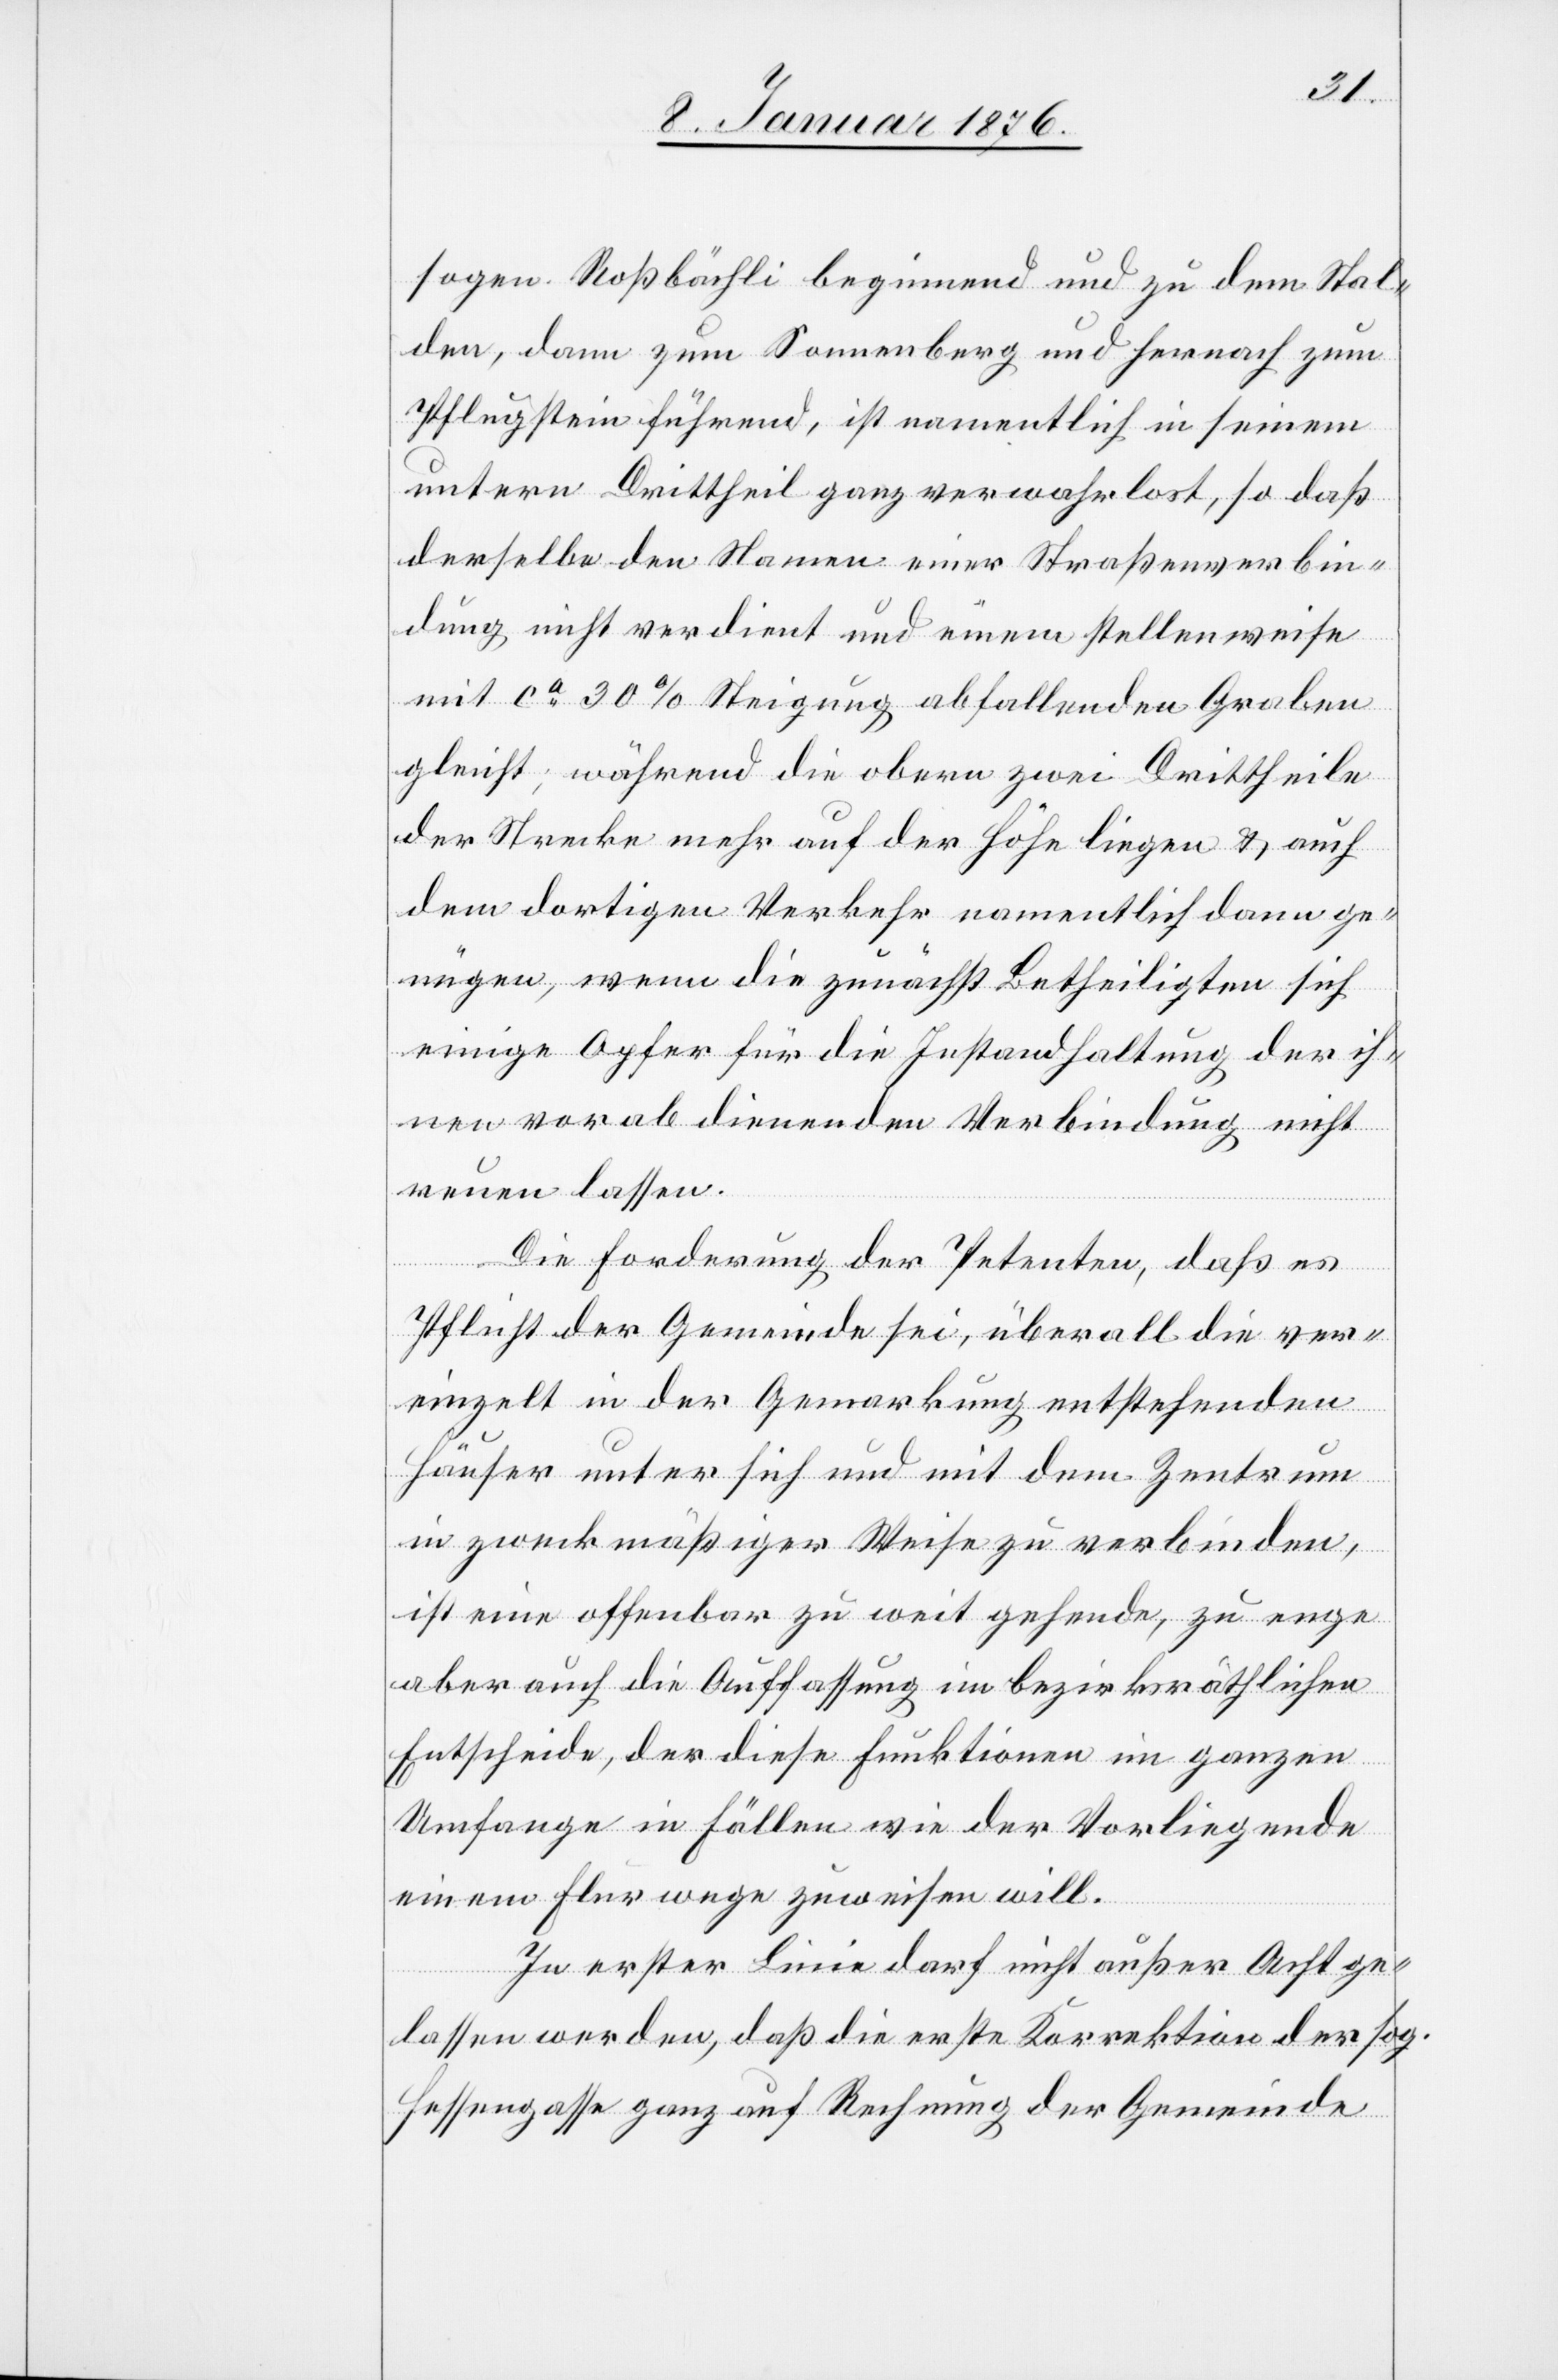
sogen. Roßbächli beginnend und zu dem Stal¬
den, dann zum Sonnenberg und hernach zum
Pflugstein führend, ist namentlich in seinem
untern Drittheil ganz verwahrlost, so daß
derselbe den Namen einer Straßenverbin¬
dung nicht verdient und einem stellenweise
mit ca. 30 % Steigung abfallenden Graben
gleicht; während die obern zwei Drittheile
der Strecke mehr auf der Höhe liegen u. auch
dem dortigen Verkehr namentlich dann ge¬
nügen, wenn die zunächst Betheiligten sich
einige Opfer für die Instandhaltung der ih¬
nen vorab dienenden Verbindung nicht
reuen lassen.
Die Forderung der Petenten, daß es
Pflicht der Gemeinde sei, überall die ver¬
einzelt in der Gemarkung entstehenden
Häuser unter sich und mit dem Zentrum
in zweckmäßiger Weise zu verbinden,
ist eine offenbar zu weit gehende, zu enge
aber auch die Auffassung im bezirksräthlichen
Entscheide, der diese Funktionen im ganzen
Umfange in Fällen wie der Vorliegende
einem Flurwege zuweisen will.
In erster Linie darf nicht außer Acht ge¬
lassen werden, daß die erste Korrektion der sog.
Hessengasse ganz auf Rechnung der Gemeinde